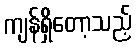
ကျန်ရှိတော့သည့်